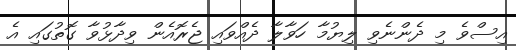
އިސްވެ މި ދެންނެވި ލިޔުމާ ހަވާލާ ދެއްވައި ޖެރޮއެން ވިދާޅުވާ ގޮތުގައި އެ